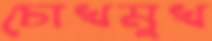
চোখমুখ